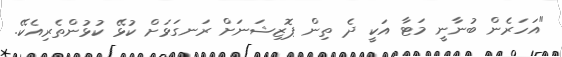
"އަހަރެން ބުނާނީ މަޓާ އަކީ ދެ ތިން ޕޮޒިޝަނަށް ރަނގަޅަށް ކުޅޭ ކުޅުންތެރިއެކޭ.